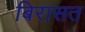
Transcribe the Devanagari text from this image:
बिरासत